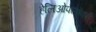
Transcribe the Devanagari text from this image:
हेलिओफ्लॉवर्स